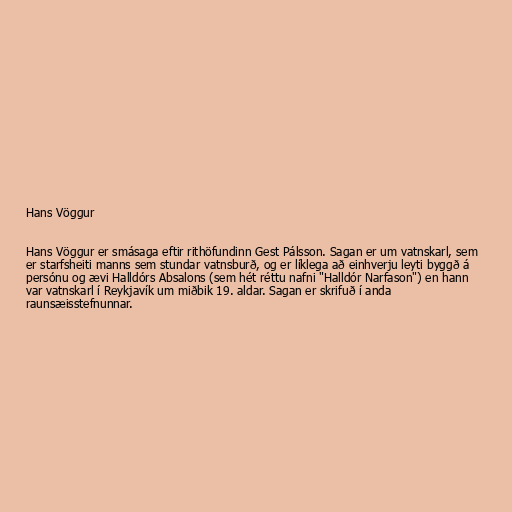
Hans Vöggur

Hans Vöggur er smásaga eftir rithöfundinn Gest Pálsson. Sagan er um vatnskarl, sem
er starfsheiti manns sem stundar vatnsburð, og er líklega að einhverju leyti byggð á
persónu og ævi Halldórs Absalons (sem hét réttu nafni "Halldór Narfason") en hann
var vatnskarl í Reykjavík um miðbik 19. aldar. Sagan er skrifuð í anda
raunsæisstefnunnar.